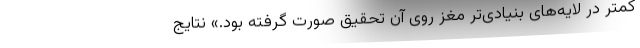
کمتر در لایه‌های بنیادی‌تر مغز روی آن تحقیق صورت گرفته بود.» نتایج